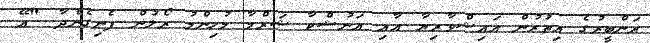
ރަންބީރުގެ އިތުރުން އައިޝްވާރިޔާ އާއި އަނުޝްކާ ޝަރްމާ މުހިންމު ރޯލުން ފެނިގެންދާ "އޭ